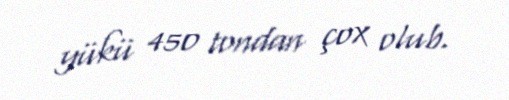
yükü 450 tondan çox olub.